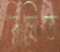
দিঘিত